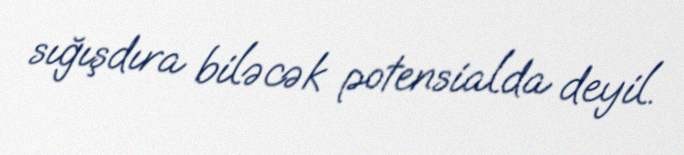
sığışdıra biləcək potensialda deyil.